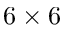
6 \times 6